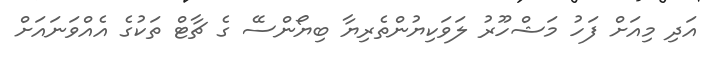
އަދި މިއަށް ފަހު މަޝްހޫރު ލަވަކިޔުންތެރިޔާ ބިޔޯންސޭ ގެ ޗާޓް ތަކުގެ އެއްވަނައަށް